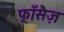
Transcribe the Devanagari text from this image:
फ़्राँसैज़